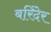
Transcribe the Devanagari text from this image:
बरिंदेर